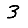
Digit: 3